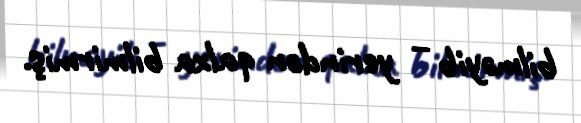
bilməyib – yerindən qalxa bilmirmiş.